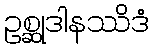
ဥစ္ဆုဒါနဿိဒံ